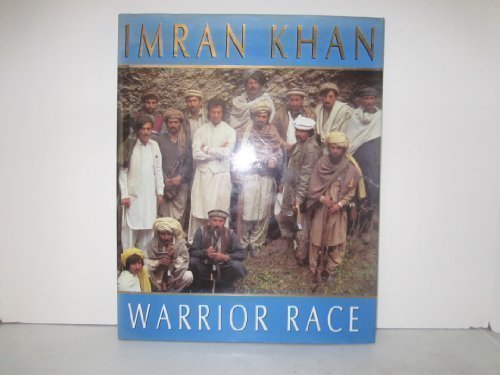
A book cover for Warrior Race - A Journey Through The Land Of The Tribal Pathans; Imran Khan; Travel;